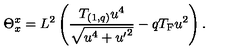
\Theta _ { x } ^ { x } = L ^ { 2 } \left( { \frac { T _ { ( 1 , q ) } u ^ { 4 } } { \sqrt { u ^ { 4 } + { u ^ { \prime } } ^ { 2 } } } } - q T _ { \mathrm { F } } u ^ { 2 } \right) .